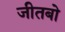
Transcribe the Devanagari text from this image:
जीतबो